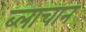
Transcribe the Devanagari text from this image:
ब्लाचान